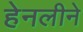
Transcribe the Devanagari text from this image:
हेनलीने